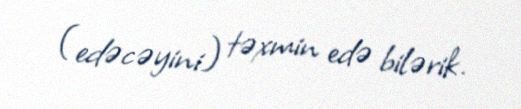
(edəcəyini) təxmin edə bilərik.